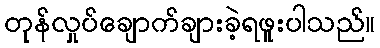
တုန်လှုပ်ချောက်ချားခဲ့ရဖူးပါသည်။